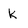
Character: k